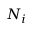
N _ { i }